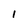
Character: 1